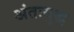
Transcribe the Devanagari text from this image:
अंतःयुद्ध